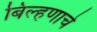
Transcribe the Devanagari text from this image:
बिल्हणाचे